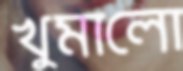
খুমালো